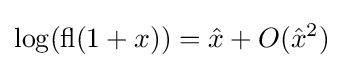
\log(\operatorname {fl} (1+x))={\hat {x}}+O({\hat {x}}^{2})